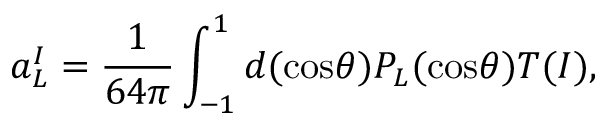
a _ { L } ^ { I } = { \frac { 1 } { 6 4 \pi } } \int _ { - 1 } ^ { 1 } d ( \mathrm { c o s } \theta ) P _ { L } ( \mathrm { c o s } \theta ) T ( I ) ,